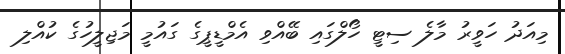
މިއަދު ހަވީރު މާލެ ސިޓީ ހޯލްގައި ބޭއްވި އެމްޑީޕީގެ ގައުމީ މަޖިލީހުގެ ކުއްލި